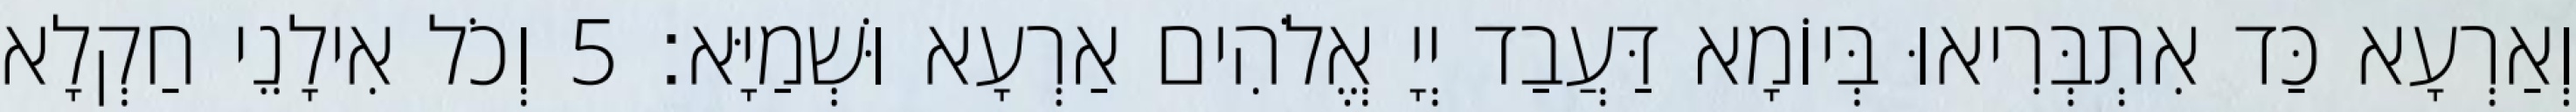
וְאַרְעָא כַּד אִתְבְּרִיאוּ בְּיוֹמָא דַּעֲבַד יְיָ אֱלֹהִים אַרְעָא וּשְׁמַיָּא׃ 5 וְכֹל אִילָנֵי חַקְלָא